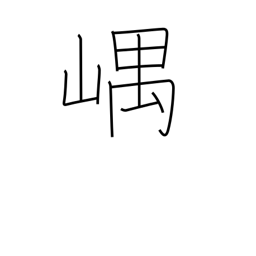
Meaning: mountain recesses